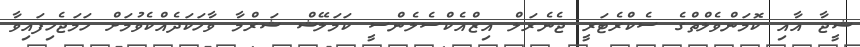
ޝީޖާ އާއި ކޮމަންވެލްތްގެ ސެކްރެޓަރީ ޖެނެރަލް އިޒްއެކްސެލެންސީ ކަމަލޭޝް ޝަރްމާ ވާހަކަދެއްކެވުމަށް ހަމަޖެހިފައިވާ